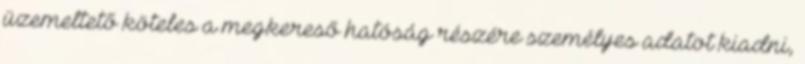
üzemeltető köteles a megkereső hatóság részére személyes adatot kiadni,